Vaccination in Bombay 1863-1868 - 1863-1868
Year: 1863
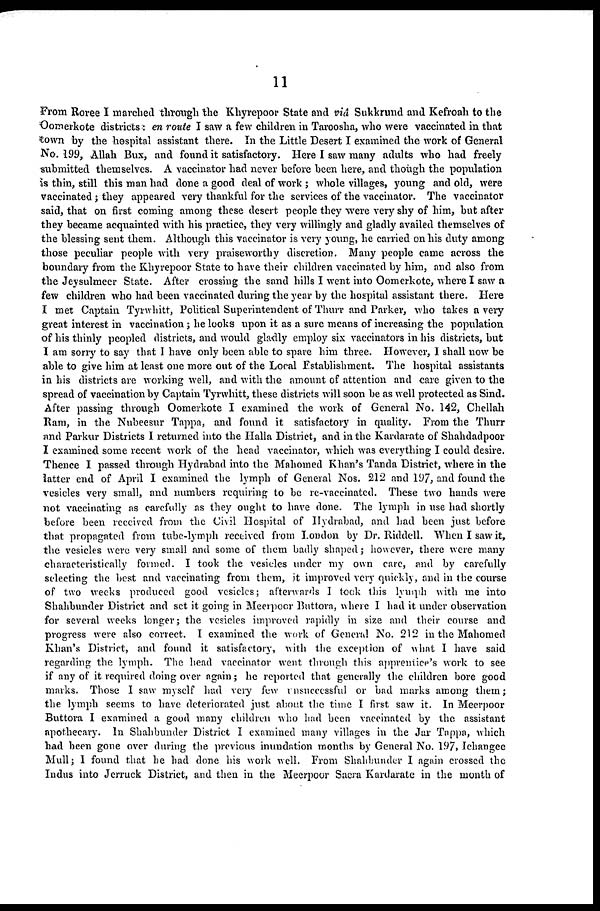
11
From Roree I marched through the Khyrepoor State and viâ Sukkrund and Kefroah to the
Oomerkote districts: en route I saw a few children in Taroosha, who were vaccinated in that
town by the hospital assistant there. In the Little Desert I examined the work of General
No. 199, Allah Bux, and found it satisfactory. Here I saw many adults who had freely
submitted themselves. A vaccinator had never before been here, and though the population
is thin, still this man had done a good deal of work ; whole villages, young and old, were
vaccinated ; they appeared very thankful for the services of the vaccinator. The vaccinator
said, that on first coming among these desert people they were very shy of him, but after
they became acquainted with his practice, they very willingly and gladly availed themselves of
the blessing sent them. Although this vaccinator is very young, he carried on his duty among
those peculiar people with very praiseworthy discretion. Many people came across the
boundary from the Khyrepoor State to have their children vaccinated by him, and also from
the Jeysulmeer State. After crossing the sand hills I went into Oomerkote, where I saw a
few children who had been vaccinated during the year by the hospital assistant there. Here
I met Captain Tyrwhitt, Political Superintendent of Thurr and Parker, who takes a very
great interest in vaccination; he looks upon it as a sure means of increasing the population
of his thinly peopled districts, and would gladly employ six vaccinators in his districts, but
I am sorry to say that I have only been able to spare him three. However, I shall now be
able to give him at least one more out of the Local Establishment. The hospital assistants
in his districts are working well, and with the amount of attention and care given to the
spread of vaccination by Captain Tyrwhitt, these districts will soon be as well protected as Sind.
After passing through Oomerkote I examined the work of General No. 142, Chellah
Ram, in the Nubeesur Tappa, and found it satisfactory in quality. From the Thurr
and Parkur Districts I returned into the Halla District, and in the Kardarate of Shahdadpoor
I examined some recent work of the head vaccinator, which was everything I could desire.
Thence I passed through Hydrabad into the Mahomed Khan's Tanda District, where in the
latter end of April I examined the lymph of General Nos. 212 and 197, and found the
vesicles very small, and numbers requiring to be re-vaccinated. These two hands were
not vaccinating as carefully as they ought to have done. The lymph in use had shortly
before been received from the Civil Hospital of Hydrabad, and had been just before
that propagated from tube-lymph received from London by Dr. Riddell. When I saw it,
the vesicles were very small and some of them badly shaped; however, there were many
characteristically formed. I took the vesicles under my own care, and by carefully
selecting the best and vaccinating from them, it improved very quickly, and in the course
of two weeks produced good vesicles; afterwards I took this lymph with me into
Shahbunder District and set it going in Meerpoor Buttora, where I had it under observation
for several weeks longer; the vesicles improved rapidly in size and their course and
progress were also correct. I examined the work of General No. 212 in the Mahomed
Khan's District, and found it satisfactory, with the exception of what I have said
regarding the lymph. The head vaccinator went through this apprentice's work to see
if any of it required doing over again; he reported that generally the children bore good
marks. Those I saw myself had very few unsuccessful or bad marks among them;
the lymph seems to have deteriorated just about the time I first saw it. In Meerpoor
Buttora I examined a good many children who had been vaccinated by the assistant
apothecary. In Shahbunder District I examined many villages in the Jar Tappa, which
had been gone over during the previous inundation months by General No. 197, Ichangee
Mull; I found that he had done his work well. From Shahbunder I again crossed the
Indus into Jerruck District, and then in the Meerpoor Saera Kardarate in the month of